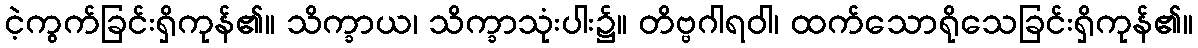
ငဲ့ကွက်ခြင်းရှိကုန်၏။ သိက္ခာယ၊ သိက္ခာသုံးပါး၌။ တိဗ္ဗဂါရဝါ၊ ထက်သောရိုသေခြင်းရှိကုန်၏။